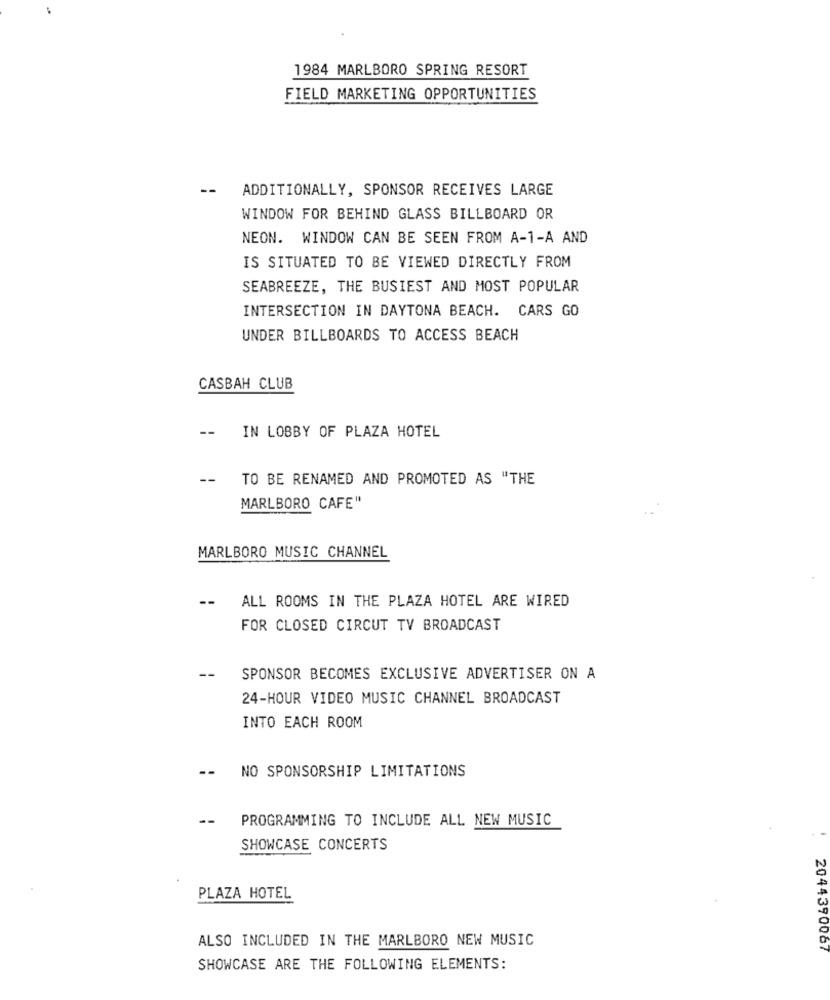
1984 MARLBORO SPRING RESORT
FIELD MARKETING OPPORTUNITIES
--
ADDITIONALLY, SPONSOR RECEIVES LARGE
WINDOW FOR BEHIND GLASS BILLBOARD OR
NEON. WINDOW CAN BE SEEN FROM A-1-A AND
IS SITUATED TO BE VIEWED DIRECTLY FROM
SEABREEZE, THE BUSIEST AND MOST POPULAR
INTERSECTION IN DAYTONA BEACH. CARS GO
UNDER BILLBOARDS TO ACCESS BEACH
CASBAH CLUB
-- IN LOBBY OF PLAZA HOTEL
--
TO BE RENAMED AND PROMOTED AS "THE
MARLBORO CAFE"
MARLBORO MUSIC CHANNEL
-- ALL ROOMS IN THE PLAZA HOTEL ARE WIRED
FOR CLOSED CIRCUT TV BROADCAST
--
SPONSOR BECOMES EXCLUSIVE ADVERTISER ON A
24-HOUR VIDEO MUSIC CHANNEL BROADCAST
INTO EACH ROOM
-- NO SPONSORSHIP LIMITATIONS
--
PROGRAMMING TO INCLUDE ALL NEW MUSIC
SHOWCASE CONCERTS
PLAZA HOTEL
ALSO INCLUDED IN THE MARLBORO NEW MUSIC
2044390067
SHOWCASE ARE THE FOLLOWING ELEMENTS: